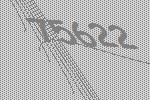
75622